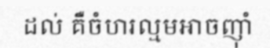
ដល់ គឺចំហរល្មមអាចញ៉ាំ